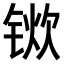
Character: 𫓿